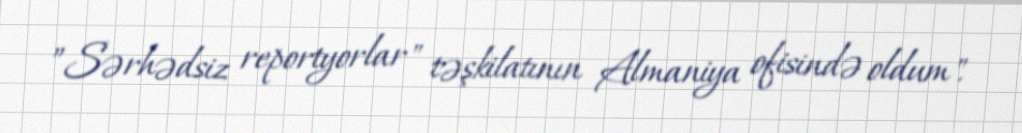
”Sərhədsiz reportyorlar" təşkilatının Almaniya ofisində oldum".